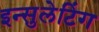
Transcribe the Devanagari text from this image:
इन्सुलेटिंग